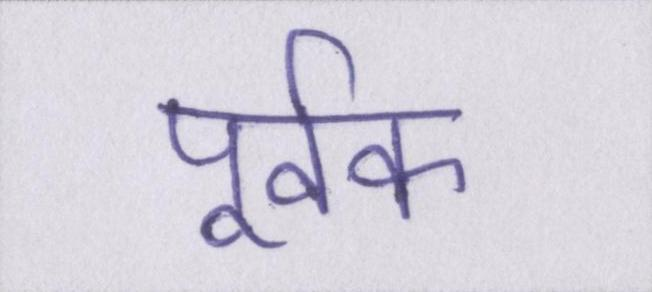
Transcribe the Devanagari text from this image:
पूर्वक